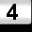
Digit: 4